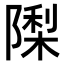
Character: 𮥟